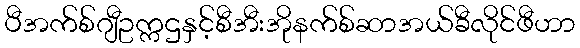
ပီအက်စ်ဂျီဥက္ကဌနှင့်စီအီးအိုနက်စ်ဆာအယ်ခီလိုင်ဖီဟာ